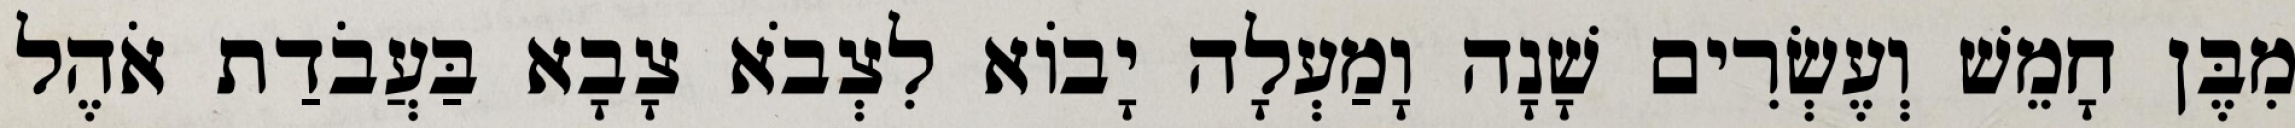
מִבֶּן חָמֵשׁ וְעֶשְׂרִים שָׁנָה וָמַעְלָה יָבוֹא לִצְבֹא צָבָא בַּעֲבֹדַת אֹהֶל